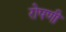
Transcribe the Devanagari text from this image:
रोपणी